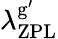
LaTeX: {\lambda_{\mathrm{ZPL}}^{\mathrm{g}^{\prime}}}